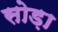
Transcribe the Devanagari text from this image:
सोड़ा